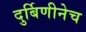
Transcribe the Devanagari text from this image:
दुर्बिणीनेच